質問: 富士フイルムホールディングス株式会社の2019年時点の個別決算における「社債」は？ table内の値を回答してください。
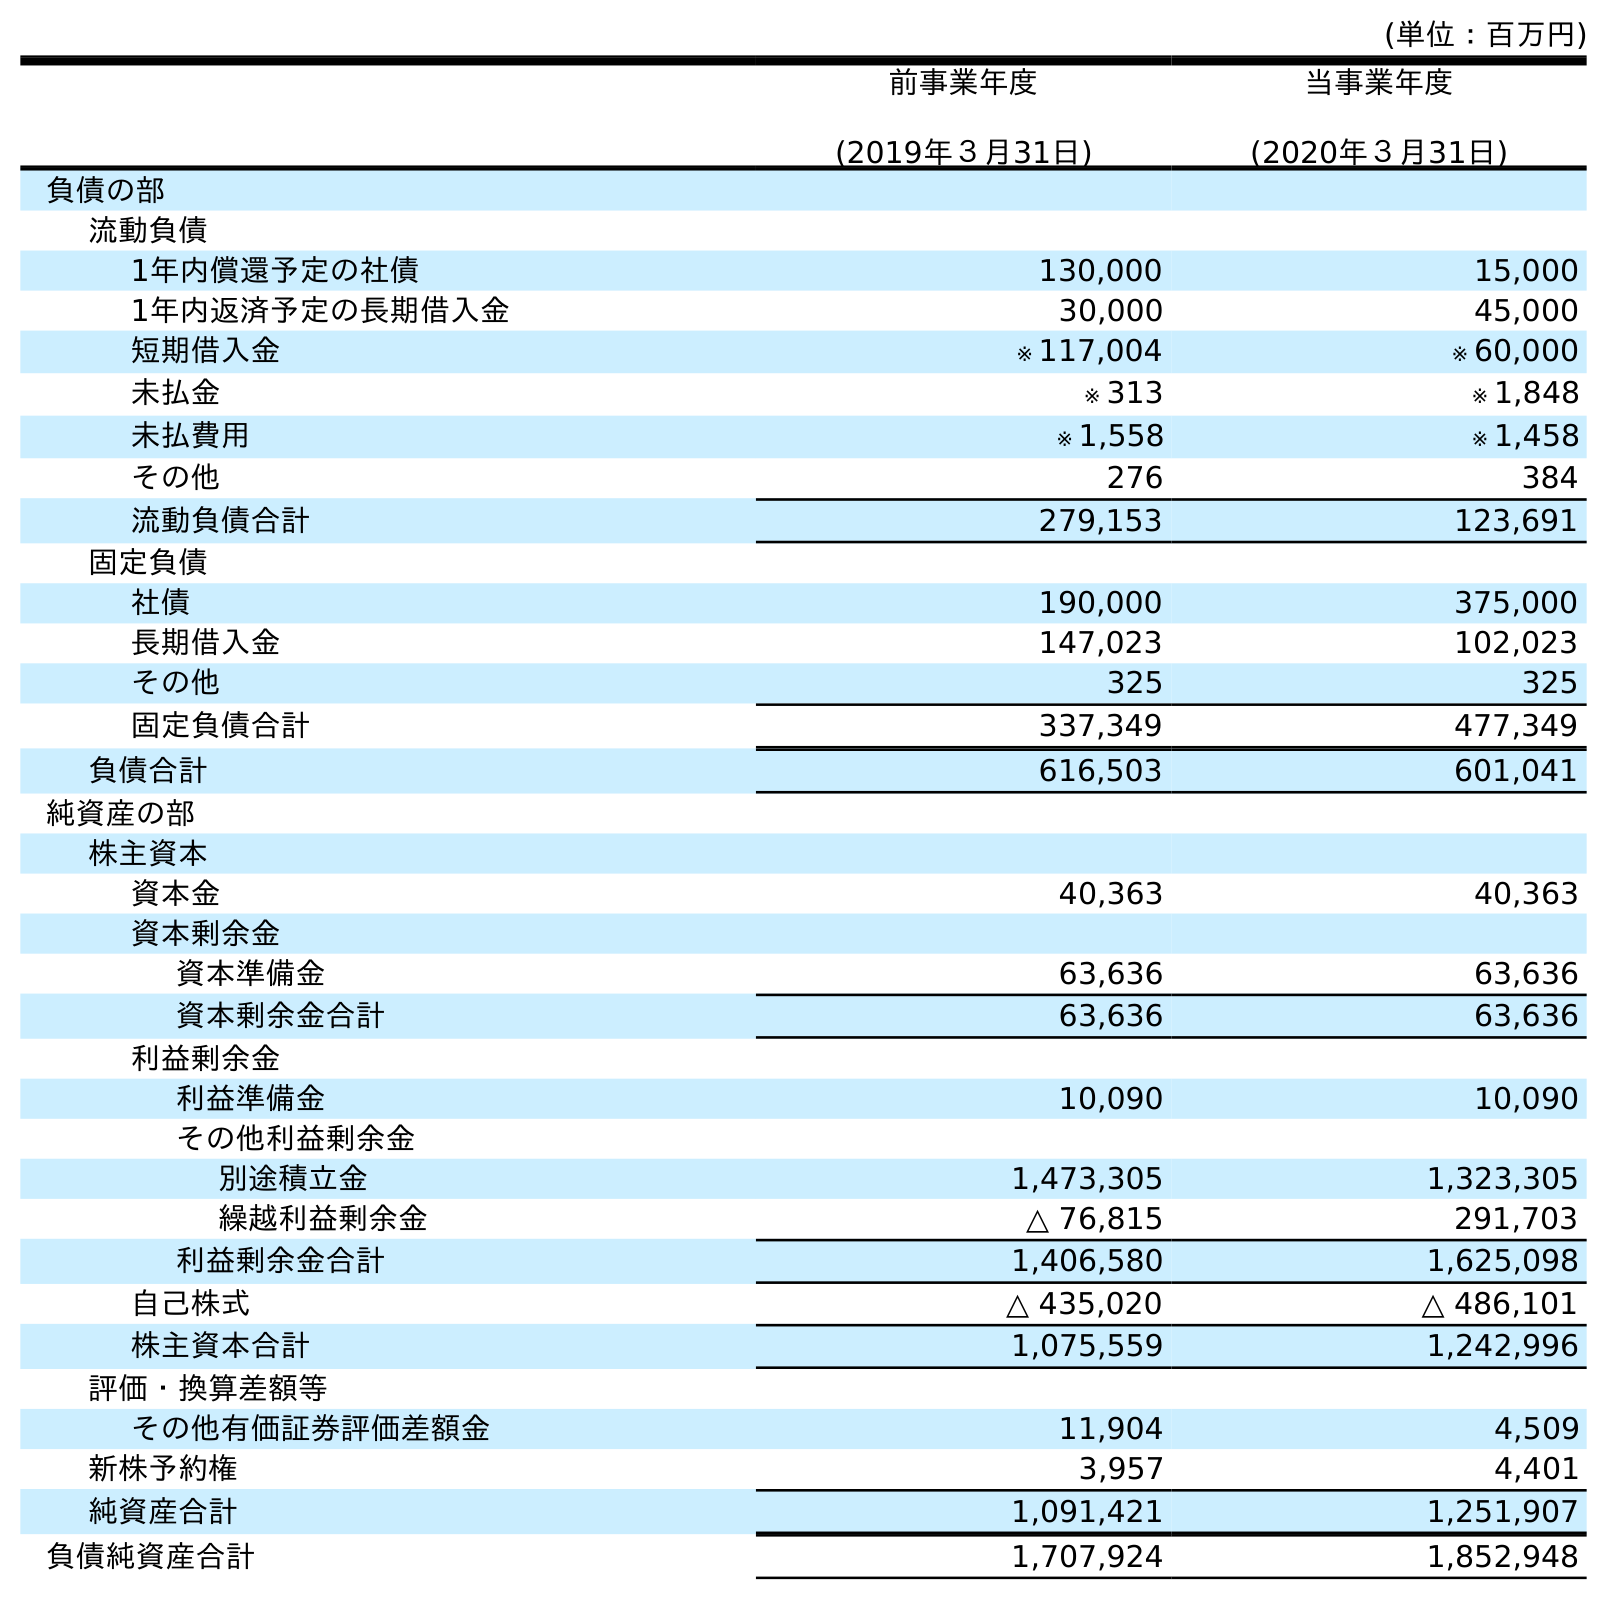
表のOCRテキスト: (単位：百万円) 前事業年度 (2019年３月31日) 当事業年度 (2020年３月31日) 負債の部 流動負債 1年内償還予定の社債 130,000 15,000 1年内返済予定の長期借入金 30,000 45,000 短期借入金 ※ 117,004 ※ 60,000 未払金 ※ 313 ※ 1,848 未払費用 ※ 1,558 ※ 1,458 その他 276 384 流動負債合計 279,153 123,691 固定負債 社債 190,000 375,000 長期借入金 147,023 102,023 その他 325 325 固定負債合計 337,349 477,349 負債合計 616,503 601,041 純資産の部 株主資本 資本金 40,363 40,363 資本剰余金 資本準備金 63,636 63,636 資本剰余金合計 63,636 63,636 利益剰余金 利益準備金 10,090 10,090 その他利益剰余金 別途積立金 1,473,305 1,323,305 繰越利益剰余金 △ 76,815 291,703 利益剰余金合計 1,406,580 1,625,098 自己株式 △ 435,020 △ 486,101 株主資本合計 1,075,559 1,242,996 評価・換算差額等 その他有価証券評価差額金 11,904 4,509 新株予約権 3,957 4,401 純資産合計 1,091,421 1,251,907 負債純資産合計 1,707,924 1,852,948
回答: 190,000